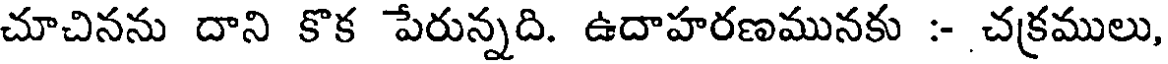
చూచినను దాని కొక పేరున్నది. ఉదాహరణమునకు :- చక్రములు,